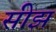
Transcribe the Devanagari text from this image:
सीझ